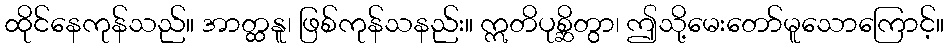
ထိုင်နေကုန်သည်။ အာတ္ထနူ၊ ဖြစ်ကုန်သနည်း။ ဣတိပုစ္ဆိတွာ၊ ဤသို့မေးတော်မူသောကြောင့်။